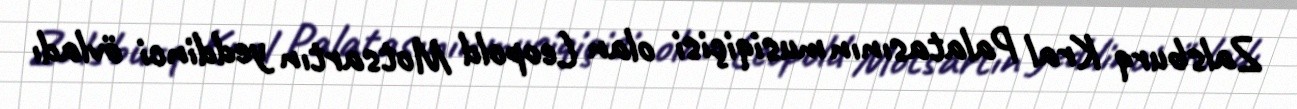
Zalsburq Kral Palatasının musiqiçisi olan Leopold Motsartın yeddinci övladı